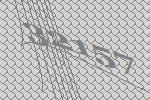
32157